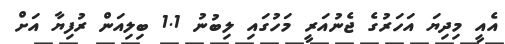
އެއީ މިދިޔަ އަހަރުގެ ޖެނުއަރީ މަހުގައި ލިބުނު 1.1 ބިލިއަން ރުފިޔާ އަށް